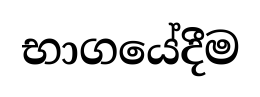
භාගයේදීම